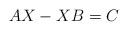
LaTeX: \begin{align*}AX-XB=C\end{align*}